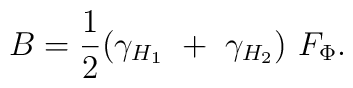
B = \frac{1}{2} (\gamma_{H_1} ~+~ \gamma_{H_2})~ F_{\Phi}.